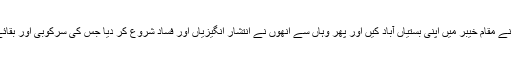
۶-غزوۂ خیبر:جب یہودیوں کو مدینہ سے جلا وطن کر دیا گیا تو ان میں سے بہت سوں نے مقام خیبر میں اپنی بستیاں آباد کیں اور پھر وہاں سے انھوں نے انتشار انگیزیاں اور فساد شروع کر دیا جس کی سرکوبی اور بقائے امن کے لئے ان کی خبر لینا ضروری تھا، اسی لئے اس غزوہ کی ضرورت پیش آئی۔